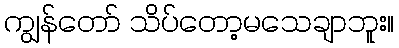
ကျွန်တော် သိပ်တော့မသေချာဘူး။